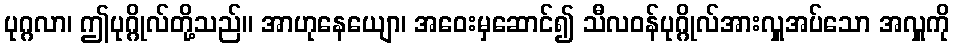
ပုဂ္ဂလာ၊ ဤပုဂ္ဂိုလ်တို့သည်။ အာဟုနေယျော၊ အဝေးမှဆောင်၍ သီလဝန်ပုဂ္ဂိုလ်အားလှူအပ်သော အလှူကို